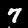
Digit: 7